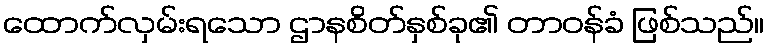
ထောက်လှမ်းရသော ဌာနစိတ်နှစ်ခု၏ တာဝန်ခံ ဖြစ်သည်။